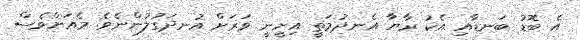
އެ ބޮޑު ބަނޑާއި އެކު ރާޔާ އެނދުމަތީ އިށީނީ ވަރަށް އުނދަގުލުންނެވެ. މެއަށްވެސް